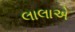
લાલાએ